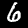
Digit: 6